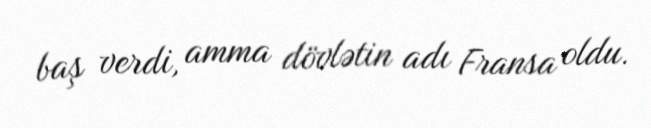
baş verdi, amma dövlətin adı Fransa oldu.